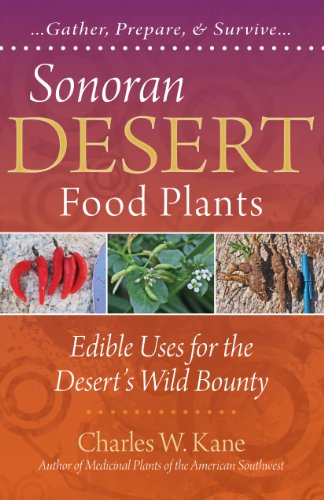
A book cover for Sonoran Desert Food Plants: Edible Uses for the Desert's Wild Bounty; Charles W. Kane; Science & Math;